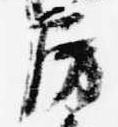
房